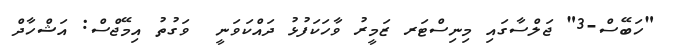
"ހަބޭސް-3" ޖަލްސާގައި މިނިސްޓަރ ޒަމީރު ވާހަކަފުޅު ދައްކަވަނީ  ވަގުތު އިމޭޖްސް: އަޝްހާދް